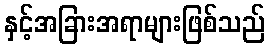
နှင့်အခြားအရာများဖြစ်သည်